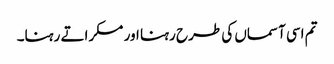
تم اسی آسماں کی طرح رہنا اور مسکراتے رہنا۔